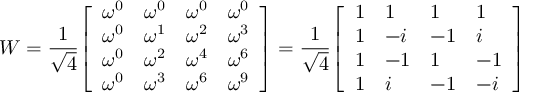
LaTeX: W = { \frac { 1 } { \sqrt { 4 } } } { \left[ \begin{array} { l l l l } { \omega ^ { 0 } } & { \omega ^ { 0 } } & { \omega ^ { 0 } } & { \omega ^ { 0 } } \\ { \omega ^ { 0 } } & { \omega ^ { 1 } } & { \omega ^ { 2 } } & { \omega ^ { 3 } } \\ { \omega ^ { 0 } } & { \omega ^ { 2 } } & { \omega ^ { 4 } } & { \omega ^ { 6 } } \\ { \omega ^ { 0 } } & { \omega ^ { 3 } } & { \omega ^ { 6 } } & { \omega ^ { 9 } } \end{array} \right] } = { \frac { 1 } { \sqrt { 4 } } } { \left[ \begin{array} { l l l l } { 1 } & { 1 } & { 1 } & { 1 } \\ { 1 } & { - i } & { - 1 } & { i } \\ { 1 } & { - 1 } & { 1 } & { - 1 } \\ { 1 } & { i } & { - 1 } & { - i } \end{array} \right] }